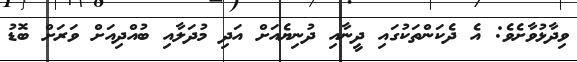
ވިދާޅުވާށެވެ: އެ ދެކަންތަކުގައި ދީނާއި ދުނިޔެއަށް އަދި މުދަލާއި ބުއްދިއަށް ވަރަށް ބޮޑު